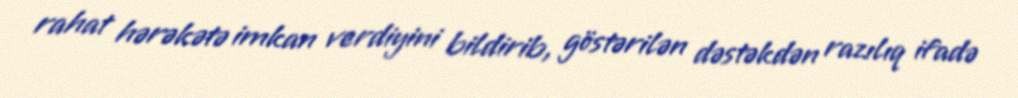
rahat hərəkətə imkan verdiyini bildirib, göstərilən dəstəkdən razılıq ifadə